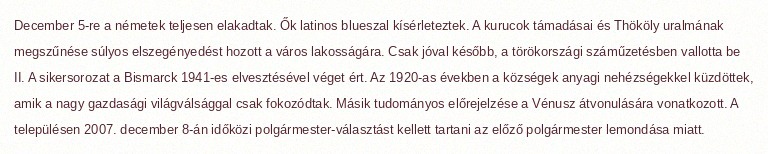
December 5-re a németek teljesen elakadtak. Ők latinos blueszal kísérleteztek. A kurucok támadásai és Thököly uralmának megszűnése súlyos elszegényedést hozott a város lakosságára. Csak jóval később, a törökországi száműzetésben vallotta be II. A sikersorozat a Bismarck 1941-es elvesztésével véget ért. Az 1920-as években a községek anyagi nehézségekkel küzdöttek, amik a nagy gazdasági világválsággal csak fokozódtak. Másik tudományos előrejelzése a Vénusz átvonulására vonatkozott. A településen 2007. december 8-án időközi polgármester-választást kellett tartani az előző polgármester lemondása miatt.